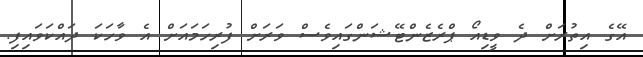
އޭގެ އިތުރަށް ދެ ވީޑިއޯ ޕްރެޒެންޓޭޝަންގައިވެސް ވަރަށް ފުރިހަމައަށް އެ ވާހަކަ ދައްކަވައިފި.